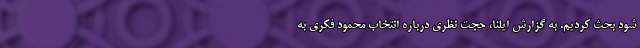
شود بحث کردیم. به گزارش ایلنا، حجت نظری درباره انتخاب محمود فکری به